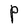
Character: P